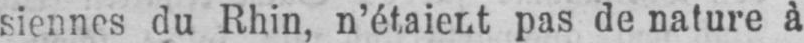
siennes du Rhin, n’étaient pas de nature à